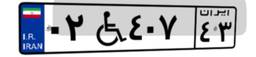
۸۱W۶۴۶۵۹